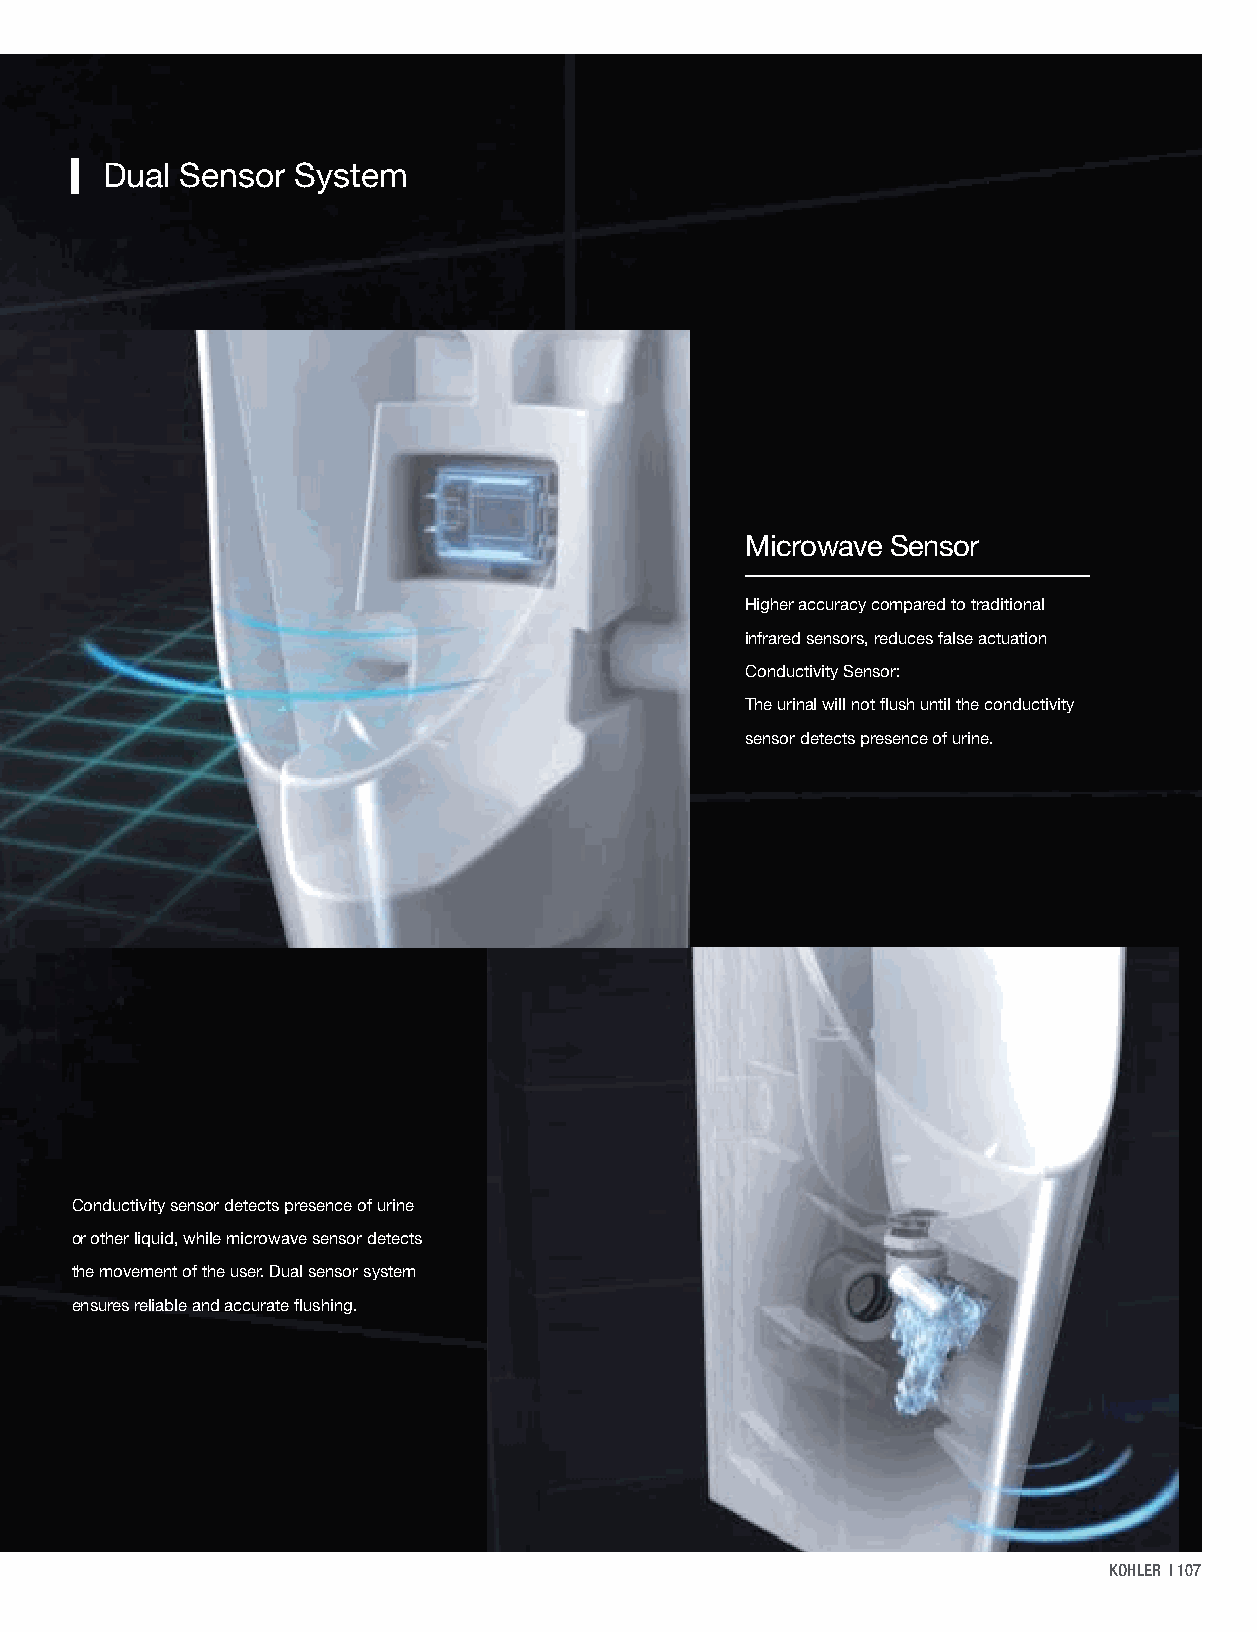
Position Sensitive Device Dual Sensor System
 PSD Technology                                   Microwave Sensor
 KOHLER PSD delivers precise targeting regardless Higher accuracy compared to traditional
 of room brightness, clothing colors or skin tones. infrared sensors, reduces false actuation
 The product will be activated once user is within Conductivity Sensor:
 the Device Activation Zone as some of the emitted The urinal will not flush until the conductivity
 sensor light will be reflected back to the sensor. sensor detects presence of urine.
 PSD is sensitive to all colors, including black and Conductivity sensor detects presence of urine
 reduces false actuation due to variations in clothing or other liquid, while microwave sensor detects
 or skin color. the movement of the user. Dual sensor system
 ensures reliable and accurate flushing.
 KOHLER | 107
 451                                      452